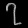
Digit: ၇